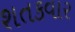
શતકવાર